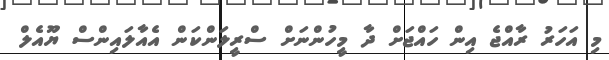
މި އަހަރު ރާއްޖެ އިން ހައްޖަށް ދާ މީހުންނަށް ސްރީލަންކަން އެއާލައިންސް ޔޫއެލް